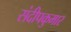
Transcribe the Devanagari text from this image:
संदीपकुमार